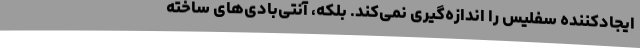
ایجادکننده سفلیس را اندازه‌گیری نمی‌کند. بلکه، آنتی‌بادی‌های ساخته